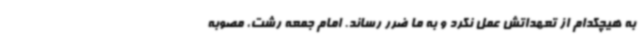
به هیچکدام از تعهداتش عمل نکرد و به ما ضرر رساند. امام جمعه رشت، مصوبه